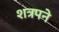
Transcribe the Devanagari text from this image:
शत्रपने